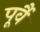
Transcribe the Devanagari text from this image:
पूर्वै